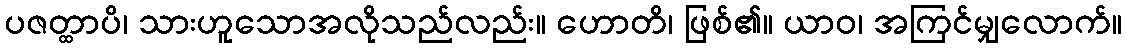
ပဇတ္ထာပိ၊ သားဟူသောအလိုသည်လည်း။ ဟောတိ၊ ဖြစ်၏။ ယာဝ၊ အကြင်မျှလောက်။